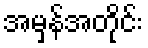
အမှန်အတိုင်း